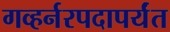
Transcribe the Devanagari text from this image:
गव्हर्नरपदापर्यंत